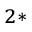
^ { 2 \ast }